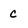
Character: c